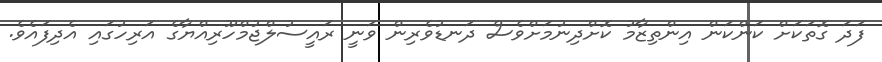
ފަދަ ގޮތަކަށް ކަންކަން އިންތިޒާމު ކޮށްދިނުމަށްވެސް ދަނޑުވެރިން ވަނީ ރައީސުލްޖުމްހޫރިއްޔާގެ އަރިހުގައި އެދިފައެވެ.